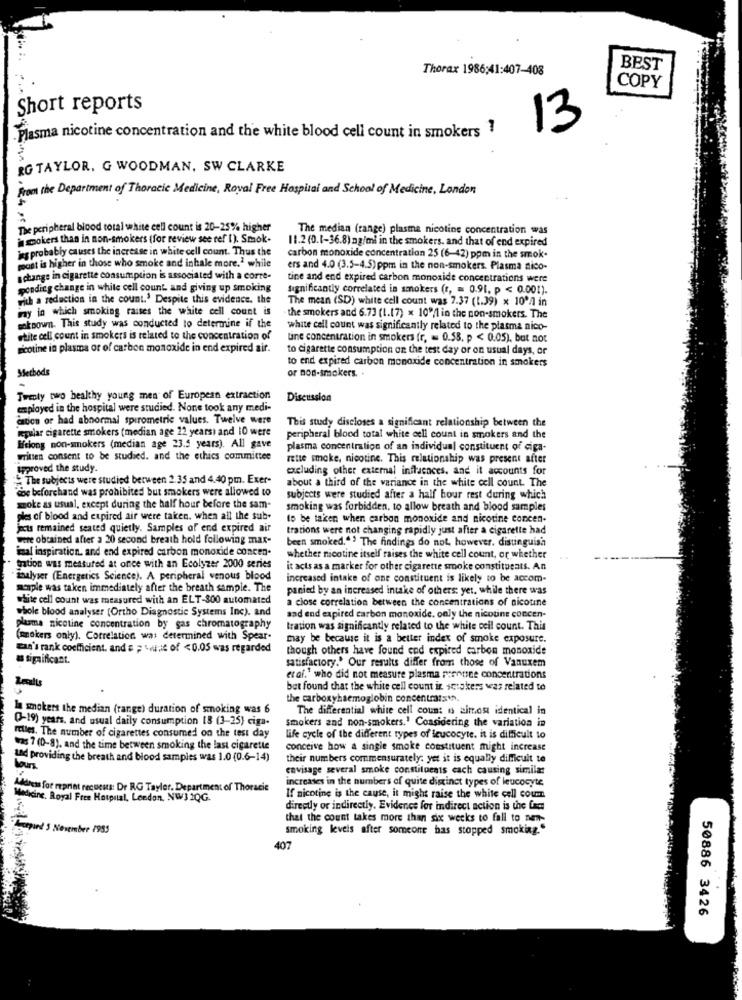
Thorax 1986;41:407-408
BEST
COPY
Short reports
Plasma nicotine concentration and the white blood cell count in smokers
13
RG TAYLOR. G WOODMAN, SW CLARKE
From the Department of Thoracic Medicine, Royal Free Hospital and School of Medicine, London
The peripheral blood total white cell count is 20-25% higher
The median (range) plasma nicotine concentration was
smokers than in non-smokers (for review see ref I). Smok-
11.2 (0.1-36.8) ng/ml in the smokers, and that of end expired
jeg probably causes the increase in white cell count. Thus the
past is higher in those who smoke and inhale more.2 while
carbon monoxide concentration 25 (6-42) ppm in the smok.
ers and 4.0 (3.5-4.5) ppm in the non-smokers. Plasma nico-
a change in cigarette consumption is associated with a corte-
tine and end expired carbon monoxide concentrations were
ponding change in white cell count. and giving up smoking
Significantly correlated in smokers (r, = 0.91, p < 0.001).
with a reduction in the count.' Despite this evidence. the
The mean (SD) white cell count was 7.37 (1.39) x 10'A in
wny in which smoking raises the white cell count is
the smokers and 6.73 (1.17) x 10"/1 in the non-smokers. The
sokoown. This study was conducted to determine if the
white cell count was significantly related to the plasma nico-
etite cell count in smokers is related to the concentration of
tine concentration in smokers (r, = 0.58, p < 0.05), but not
nicotine in plasma or of carbon monoxide in end expired air.
to cigarette consumption on the test day or on usual days, or
to end expired carbon monoxide concentration in smokers
SSecbods
or non-smokers. .
Twenty two healthy young men of European extraction
Discussion
employed in the hospital were studied. None took any medi-
dastien or had abnormal spirometrie values. Twelve were
regular cigarette smokers (median age 22 years) and 10 were
This study discloses a significant relationship between the
peripheral blood total white cell count in smokers and the
Ifciong non-smokers (median age 23.5 years). All gave
plasma concentration of an individual constituent of iga-
written consent to be studied. and the ethics committee
rette smoke, nicotine. This relationship was present after
approved the study.
excluding other external influences, and it accounts for
The subjects were studied between 2.35 and 4.40 pm. Exer-
about a third of the variance in the white cell count. The
doe beforehand was prohibited but smokers were allowed to
subjects were studied after a half hour rest during which
szoke as usual, except during the half hour before the sam-
smoking was forbidden, to allow breath and blood samples
ples of blood and expired air were taken. when all the sub-
to be taken when carbon monoxide and nicotine concen-
jects remained seated quietly. Samples of end expired air
trations were not changing rapidly just after a cigarette had
were obtained after a 20 second breath hold following max-
been smoked."> The findings do not, however. distinguish
imal inspiration, and end expired carbon monoxide concen.
whether nicotine itself raises the white cell count, or whether
tration was mettured at once with an Ecolyzer 2000 series
it acts as a marker for other cigarette smoke constitueats. An
analyser (Energetics Science). A peripheral venous blood
increased intake of one constituent is likely to be accom-
maple was taken immediately after the breath sample. The
panied by an increased intake of others: yet. while there was
white cell count was measured with an ELT-800 automated
a close correlation between the concentrations of nicotine
whole blood analyser (Ortho Diagnostic Systems Inc). and
aad end expired carbon monoxide. only the nicotine concen-
plasma nicotine concentration by gas chromatography
tration was significantly related to the white cell count. This
(mnokers only). Correlation was determined with Spear-
may be because it is a better index of smoke exposure.
man's rank coefficient, and = = twist of <0.05 was regarded
though others have found end expired carbon monoxide
a significant.
satisfactory." Our results differ from those of Vanuxem
etal.' who did not measure plasma nicotine concentrations
Recalls
but found that the white cell count in scrokers was related to
the carboxyhaemoglobin concentratsw.
smokers the median (range) duration of smoking was 6
The differential white cell coun: is almost identical in
Q-19) years, and usual daily consumption 13 (3-25) ciga-
smokers and non-smokers.' Considering the variation in
rtles. The number of cigarettes consumed on the test day
life cycle of the different types of leucocyte. it is difficult to
was 7 (0-8). and the time between smoking the last cigarette
conceive how a single smoke constituent might increase
Lad providing the breath and blood samples was 1.0 (0.6-14)
their numbers commensurately; yet it is equally difficult to
our
envisage several smoke constituents cach causing similar
increases in the numbers of quite distinct types of leucocyte
Mateus for reprint recucuts: Dr RG Tayler. Department of Thoracic
Medicine. Royal Free Hospital, London, NW3 1QG.
If nicotine is the cause, it might raise the white cell coum
directly or indirectly. Evidence for indirect action is the fam
that the count takes more than six weeks to fall to new-
pand 5 November 1993
smoking levels after someone has stopped smoking."
407
50886 3426